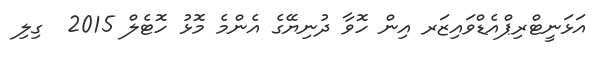
އަޅަނީޓްރިޕްއެޑްވައިޒަރ އިން ހޮވާ ދުނިޔޭގެ އެންމެ މޮޅު ހޮޓެލް 2015  ގިލި